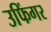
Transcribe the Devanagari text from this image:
उफिंगर